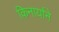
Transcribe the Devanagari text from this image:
किनार्याने